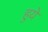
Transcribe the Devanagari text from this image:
हुयेे